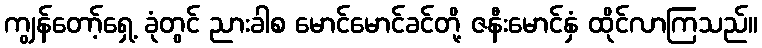
ကျွန်တော့်ရှေ့ ခုံတွင် ညားခါစ မောင်မောင်ခင်တို့ ဇနီးမောင်နှံ ထိုင်လာကြသည်။